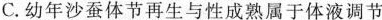
C.幼年沙蚕体节再生与性成熟属于体液调节